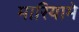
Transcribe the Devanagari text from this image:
मारियामे